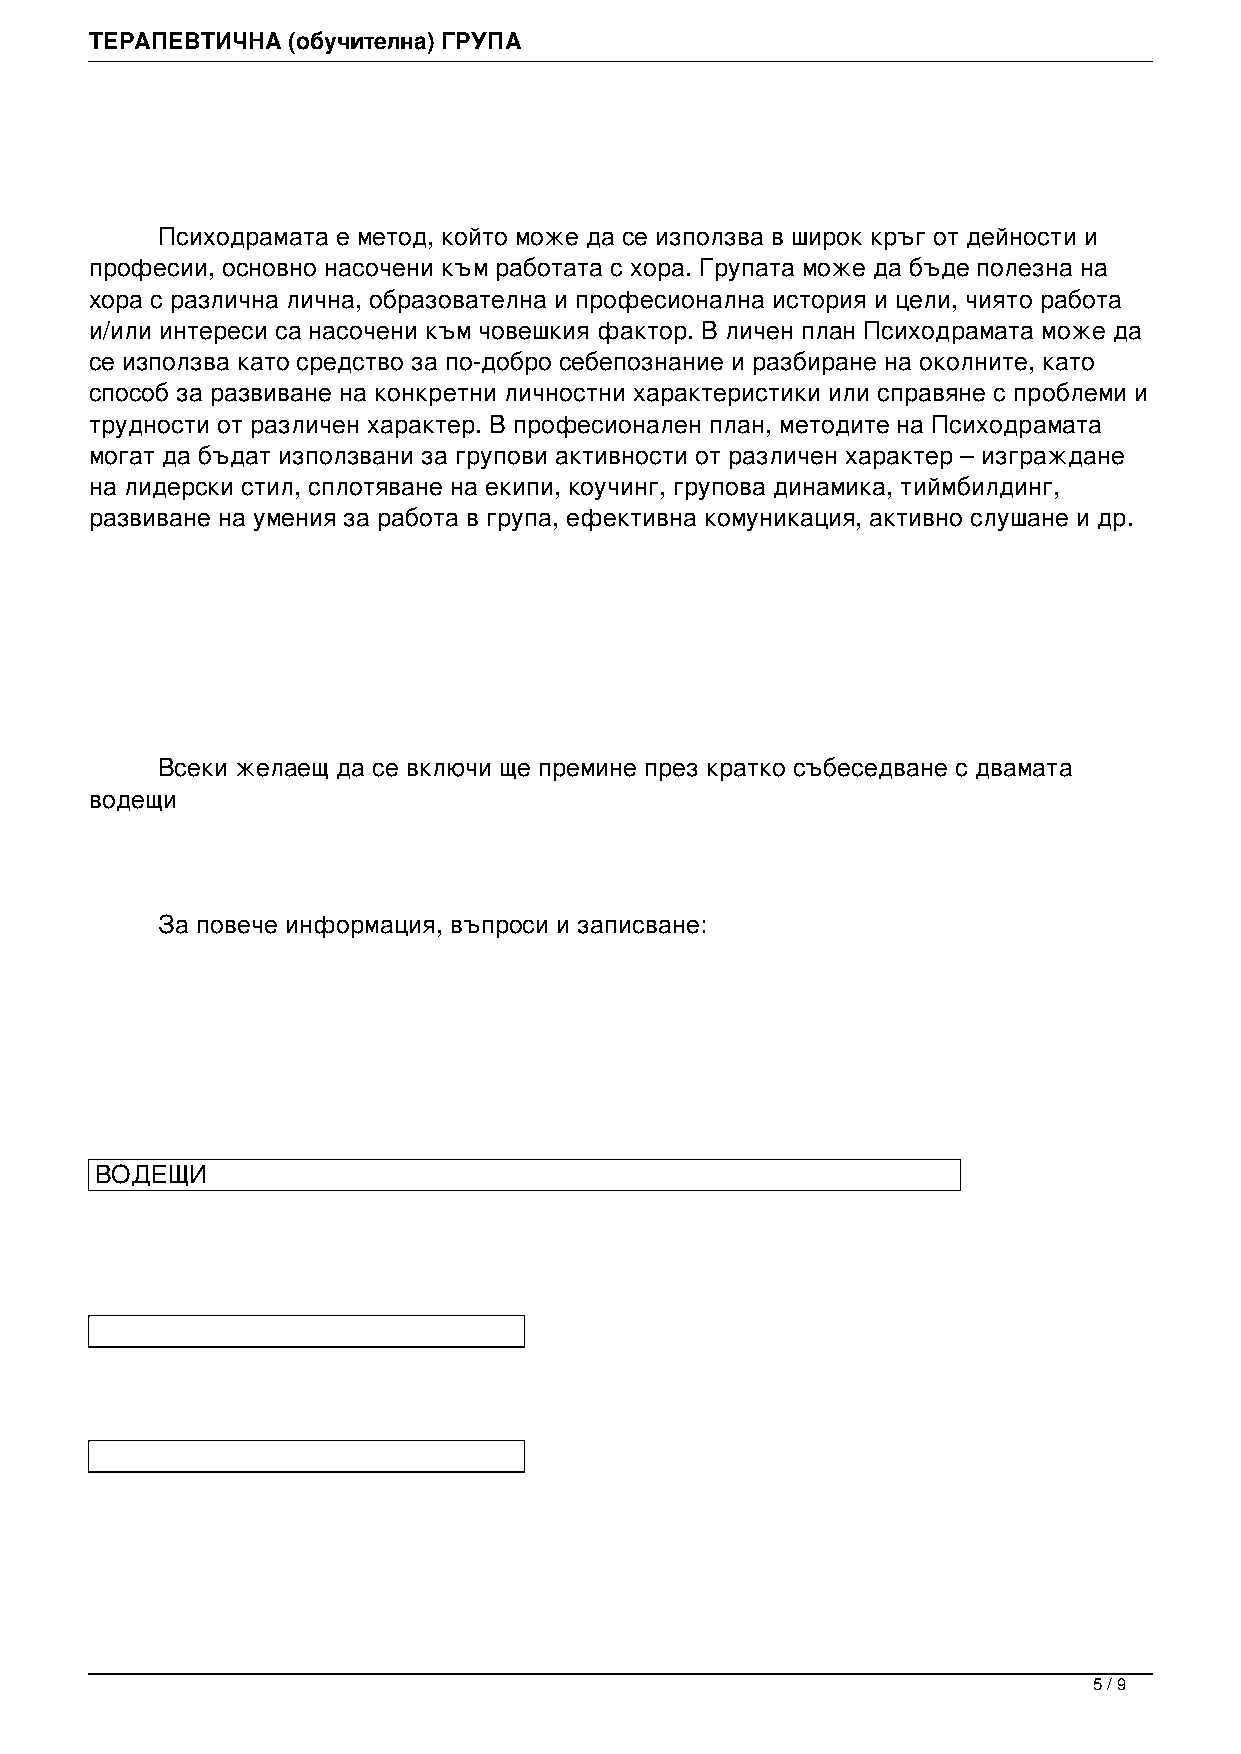
ТЕРАПЕВТИЧНА (обучителна) ГРУПА
 Психодрамата е метод, който може да се използва в широк кръг от дейности и
 професии, основно насочени към работата с хора. Групата може да бъде полезна на
 хора с различна лична, образователна и професионална история и цели, чиято работа
 и/или интереси са насочени към човешкия фактор. В личен план Психодрамата може да
 се използва като средство за по-добро себепознание и разбиране на околните, като
 способ за развиване на конкретни личностни характеристики или справяне с проблеми и
 трудности от различен характер. В професионален план, методите на Психодрамата
 могат да бъдат използвани за групови активности от различен характер – изграждане
 на лидерски стил, сплотяване на екипи, коучинг, групова динамика, тиймбилдинг,
 развиване на умения за работа в група, ефективна комуникация, активно слушане и др.
 Всеки желаещ да се включи ще премине през кратко събеседване с двамата
 водещи
 За повече информация, въпроси и записване:
 ВОДЕЩИ
 5 / 9